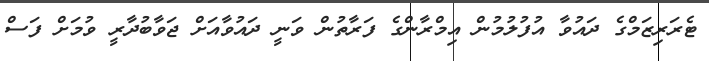
ޓެރަރިޒަމްގެ ދައުވާ އުފުލުމުން އިމްރާންގެ ފަރާތުން ވަނީ ދައުވާއަށް ޖަވާބުދާރީ ވުމަށް ފަސް